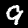
Digit: 9